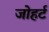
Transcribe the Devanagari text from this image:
जोहर्ट